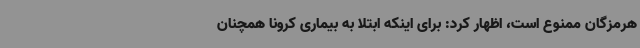
هرمزگان ممنوع است، اظهار کرد: برای اینکه ابتلا به بیماری کرونا همچنان